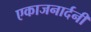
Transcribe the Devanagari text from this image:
एकाजनार्दनी